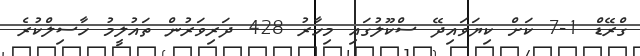
ގްރޭޑް 1-7 ކަށް ކިޔަވައިދޭ ސްކޫލުގައި މިހާރު 428 ދަރިވަރުން ތައުލީމު ހާސިލްކުރެ